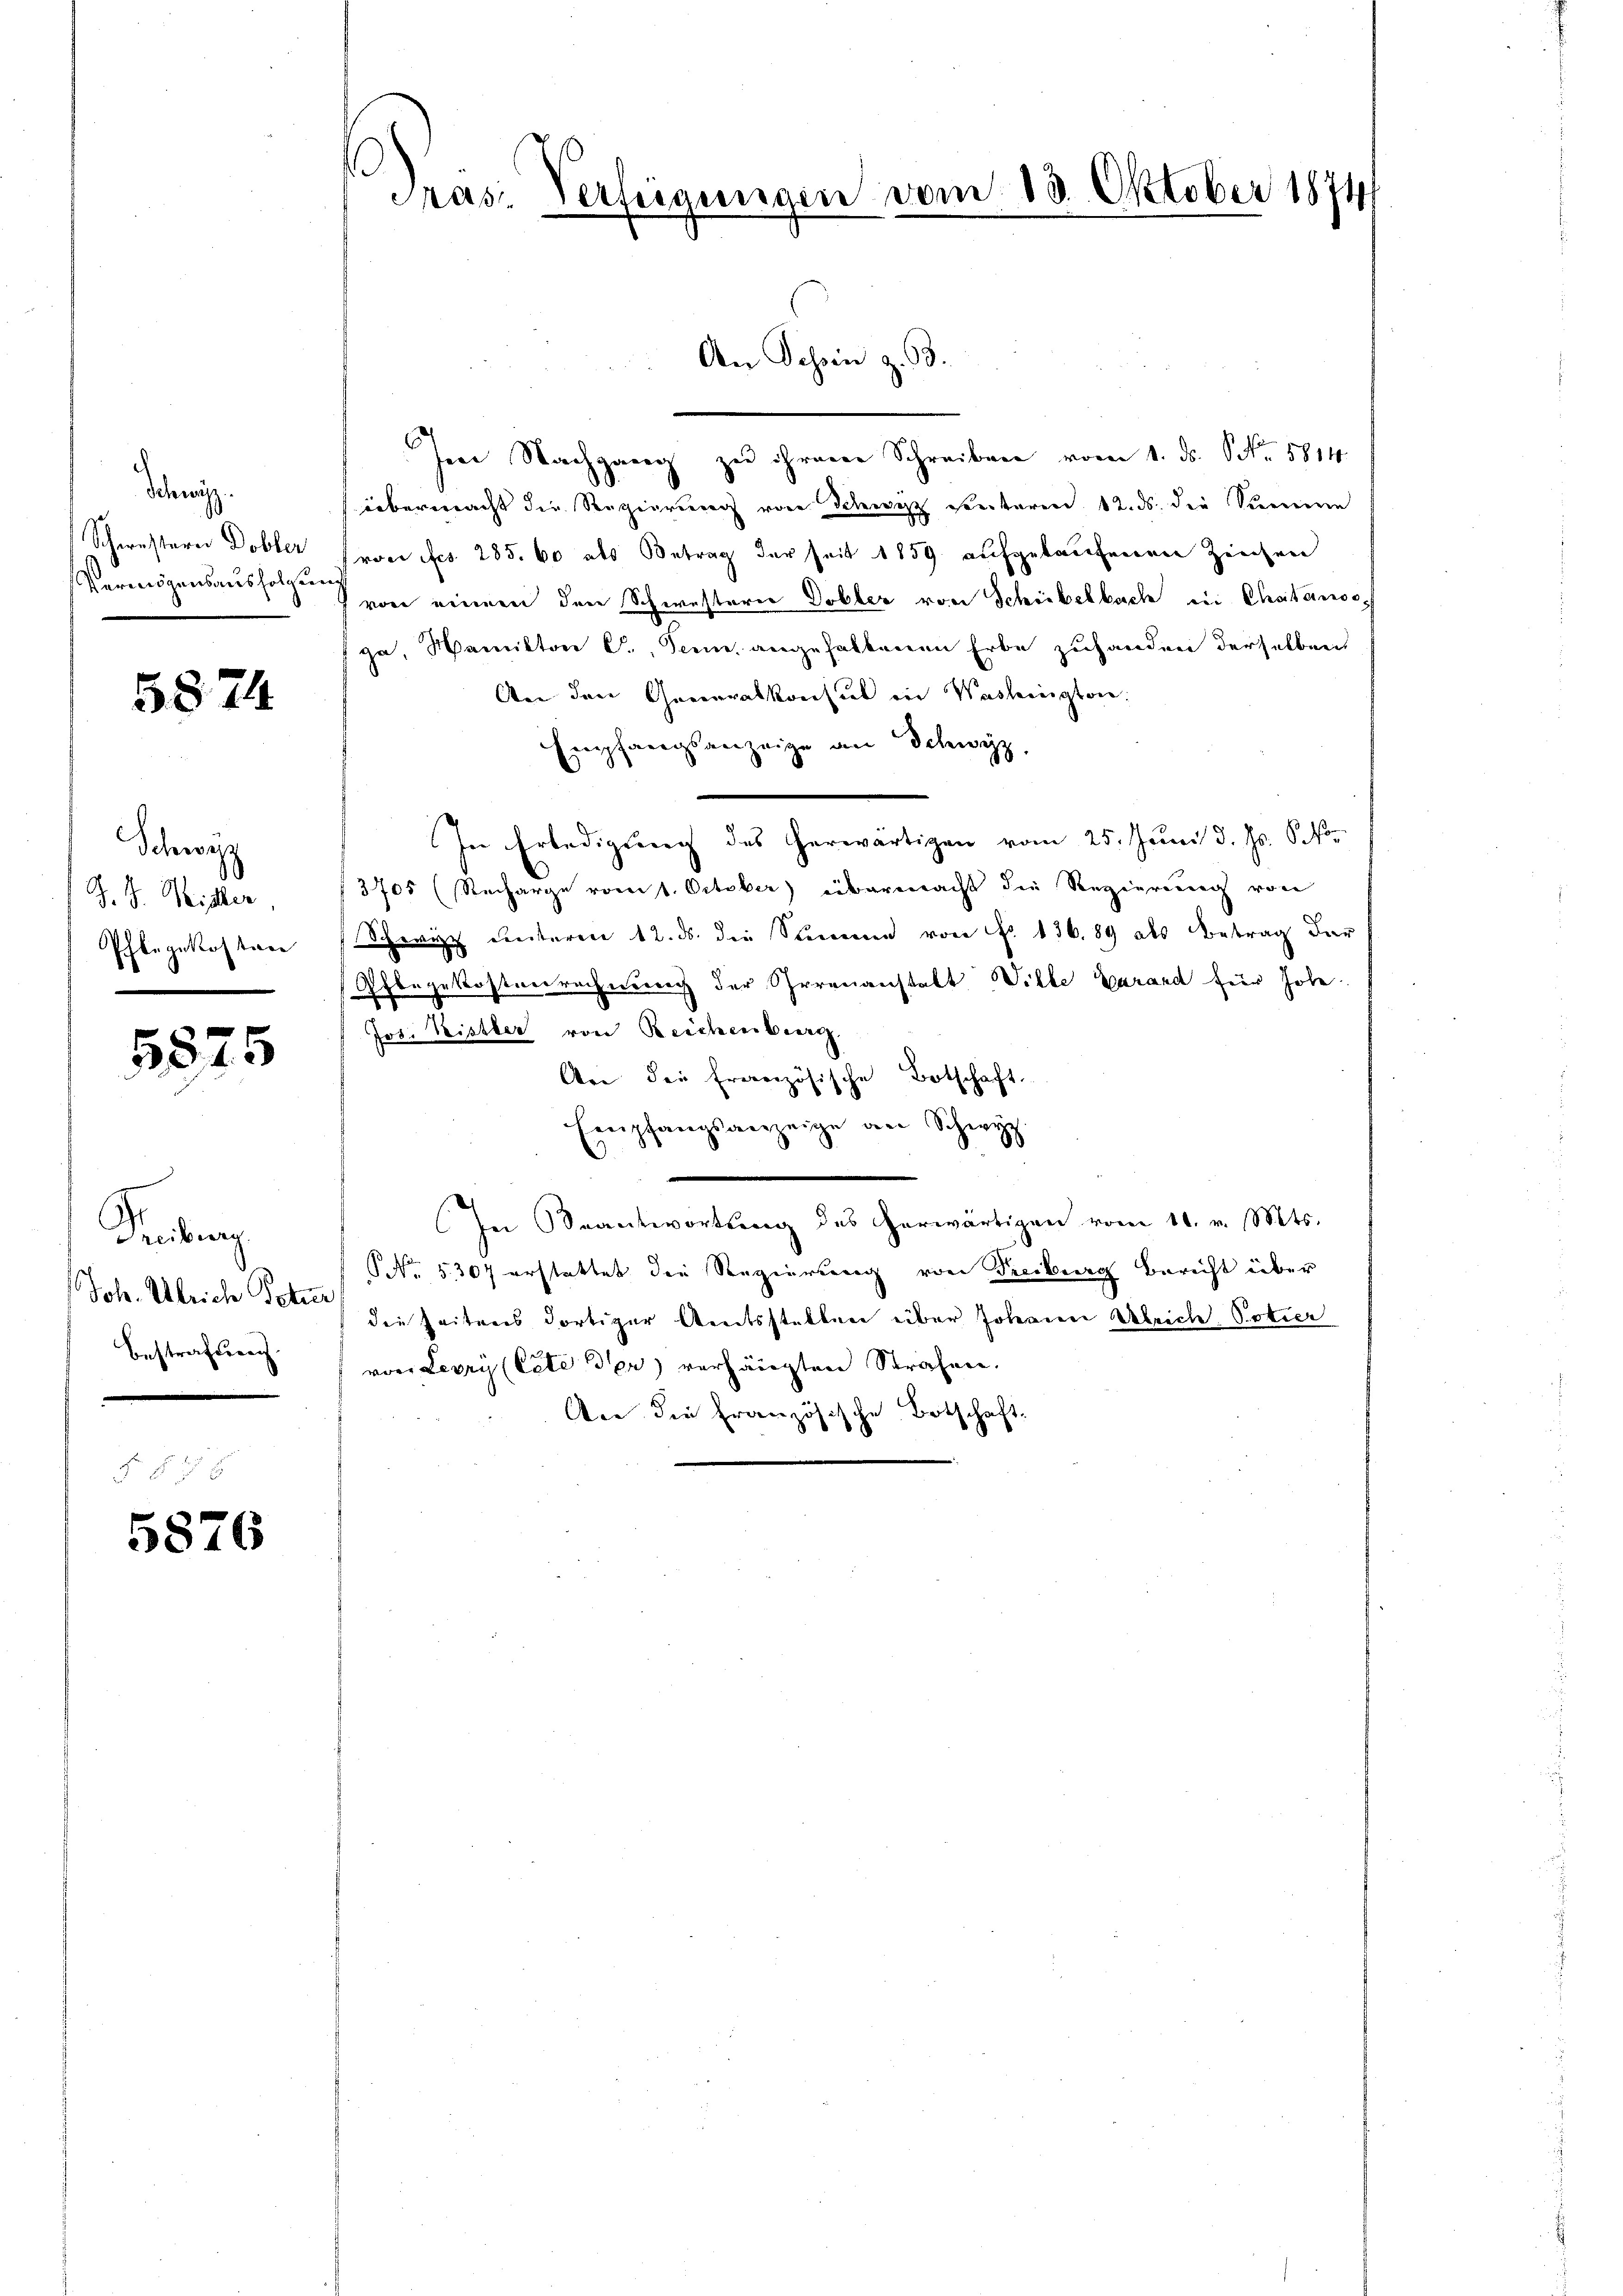
Schen.
Schwestern Dobler
Vermögensausholzun

5874

Schwyz
J. G. Weisher
Pflegekostere
.

5575

Prubring
Joh. Ulrich Peter
Bestrafung

5876

Präs: Verfügungen vom 13. Oktober 1874

Im Nachgang zu ihrem Schreiben vom 1. ds. S. 5814.
übermacht die Regierung von Schwyz seiteren 12. ds. die Summe
voc fcs 285. 60 als Betrag der seit 1859 aufgekaufenen Ziechen
 von einem den Schwestern Dobler von Schiebelbach in Chaitansc
ga, Namikon C., Tenn. angehaltenen Erbe zuhanden derselben
An den Generalkonsul in Washington.
Empfangsanzeige an Schwyz,
In Erledigung des herwärtigen vom 25. Juni d. Js. vor
3705 (Recharge vom 1. October) übermacht die Regierung von
Schweiz unteren 12. ds. die Stimmen von No 136. 89 als Betrag der
Pflegekostverrechnung der Serenanstalt Wille Garand für hohe
Jos. Weistber von Reichenberg
An die französische Botschaft
Empfangsanzeige an Schwyz.
In Beantwortung des erwärtigen vom 16. v. Mts.
NNo. 5307 erstattet die Regierung von Freiburg bericht über
die Zeitens dortiger Amtsstellen über Johannen Ulrich, Potier
von Lepry (Cete der verhängten Strafen.
An die Französische Botschaft.

An Schein z. 63.